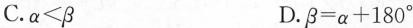
C.$$\alpha<β$$ D.$$β＝\alpha+180^{\circ}$$